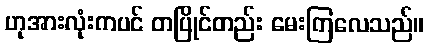
ဟုအားလုံးကပင် တပြိုင်တည်း မေးကြလေသည်။